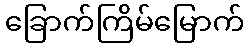
ခြောက်ကြိမ်မြောက်